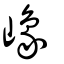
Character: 嶑